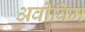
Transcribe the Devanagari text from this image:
अवीविम